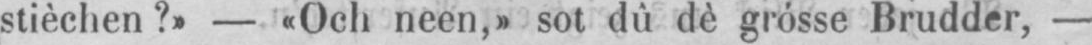
stièchen?» - «Och neen,» sot dû dè grósse Brudder, -